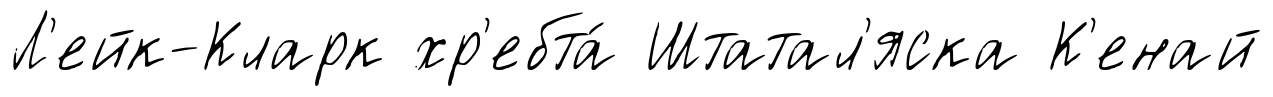
Л'ейк-Кларк хр'ебта́ Штатал'яска К'енай